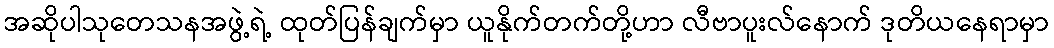
အဆိုပါသုတေသနအဖွဲ့ရဲ့ ထုတ်ပြန်ချက်မှာ ယူနိုက်တက်တို့ဟာ လီဗာပူးလ်နောက် ဒုတိယနေရာမှာ